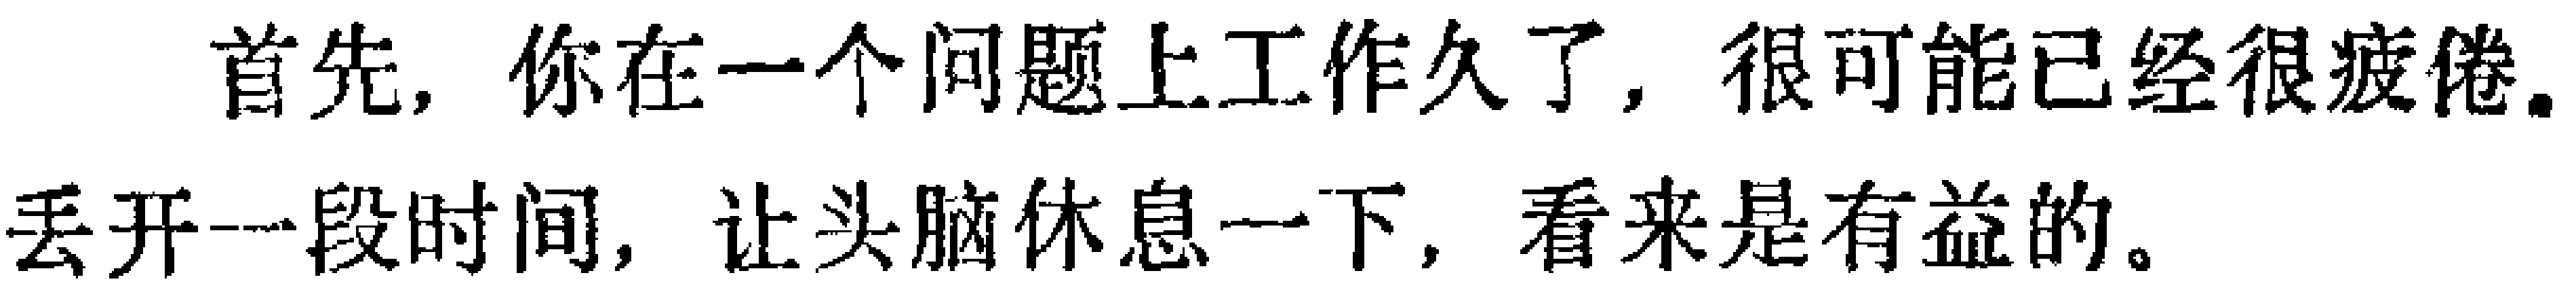
首先，你在一个问题上工作久了，很可能已经很疲倦.丢开一段时间，让头脑休息一下，看来是有益的。